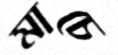
মাচে